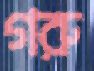
গরু